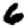
Digit: 6